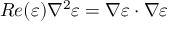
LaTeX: R e ( \varepsilon ) \nabla ^ { 2 } \varepsilon = \nabla \varepsilon \cdot \nabla \varepsilon